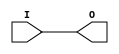
module IBUFG_SSTL3_I_DCI (O, I);

    output O;

    input  I;

	buf B1 (O, I);


endmodule